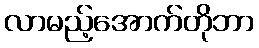
လာမည့်အောက်တိုဘာ